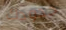
حدودك